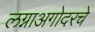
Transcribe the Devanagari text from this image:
लग्नाअगोदरचे